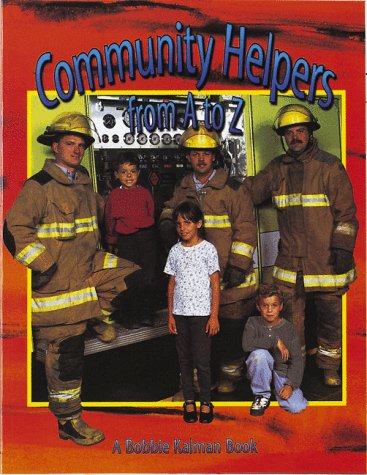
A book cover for Community Helpers from A to Z (Alphabasics); Bobbie Kalman; Children's Books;